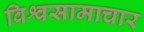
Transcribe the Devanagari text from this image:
विश्वसामाचार